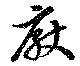
厭